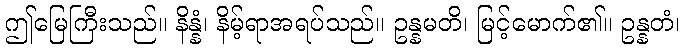
ဤမြေကြီးသည်။ နိန္နံ၊ နိမ့်ရာအရပ်သည်။ ဥန္နမတိ၊ မြင့်မောက်၏။ ဥန္နတံ၊